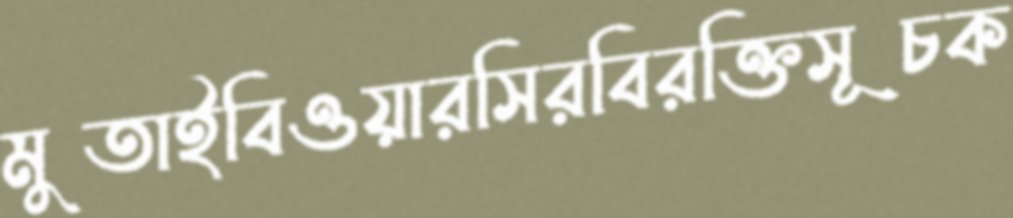
মুতাইবিওয়ারসিরবিরক্তিসূচক